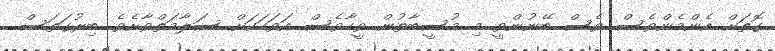
ގޮތަށް އެންމެންވެސް ވެސް ބޭނުންވީ މި މުސީބާތުން ވީހާވެސް އަވަހަކަށް ސަލާމަތްވާށެވެ. ބިރުގަތަސް